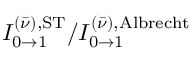
I _ { 0 \to 1 } ^ { ( \bar { \nu } ) , \mathrm { S T } } / I _ { 0 \to 1 } ^ { ( \bar { \nu } ) , \mathrm { A l b r e c h t } }